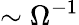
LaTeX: \sim\Omega^{-1}